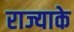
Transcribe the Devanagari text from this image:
राज्याके